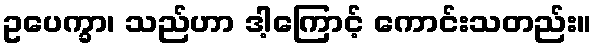
ဥပေက္ခာ၊ သည်ဟာ ဒါ့ကြောင့် ကောင်းသတည်း။